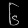
Digit: ၆